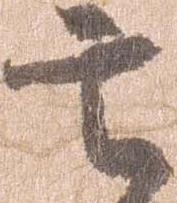
言